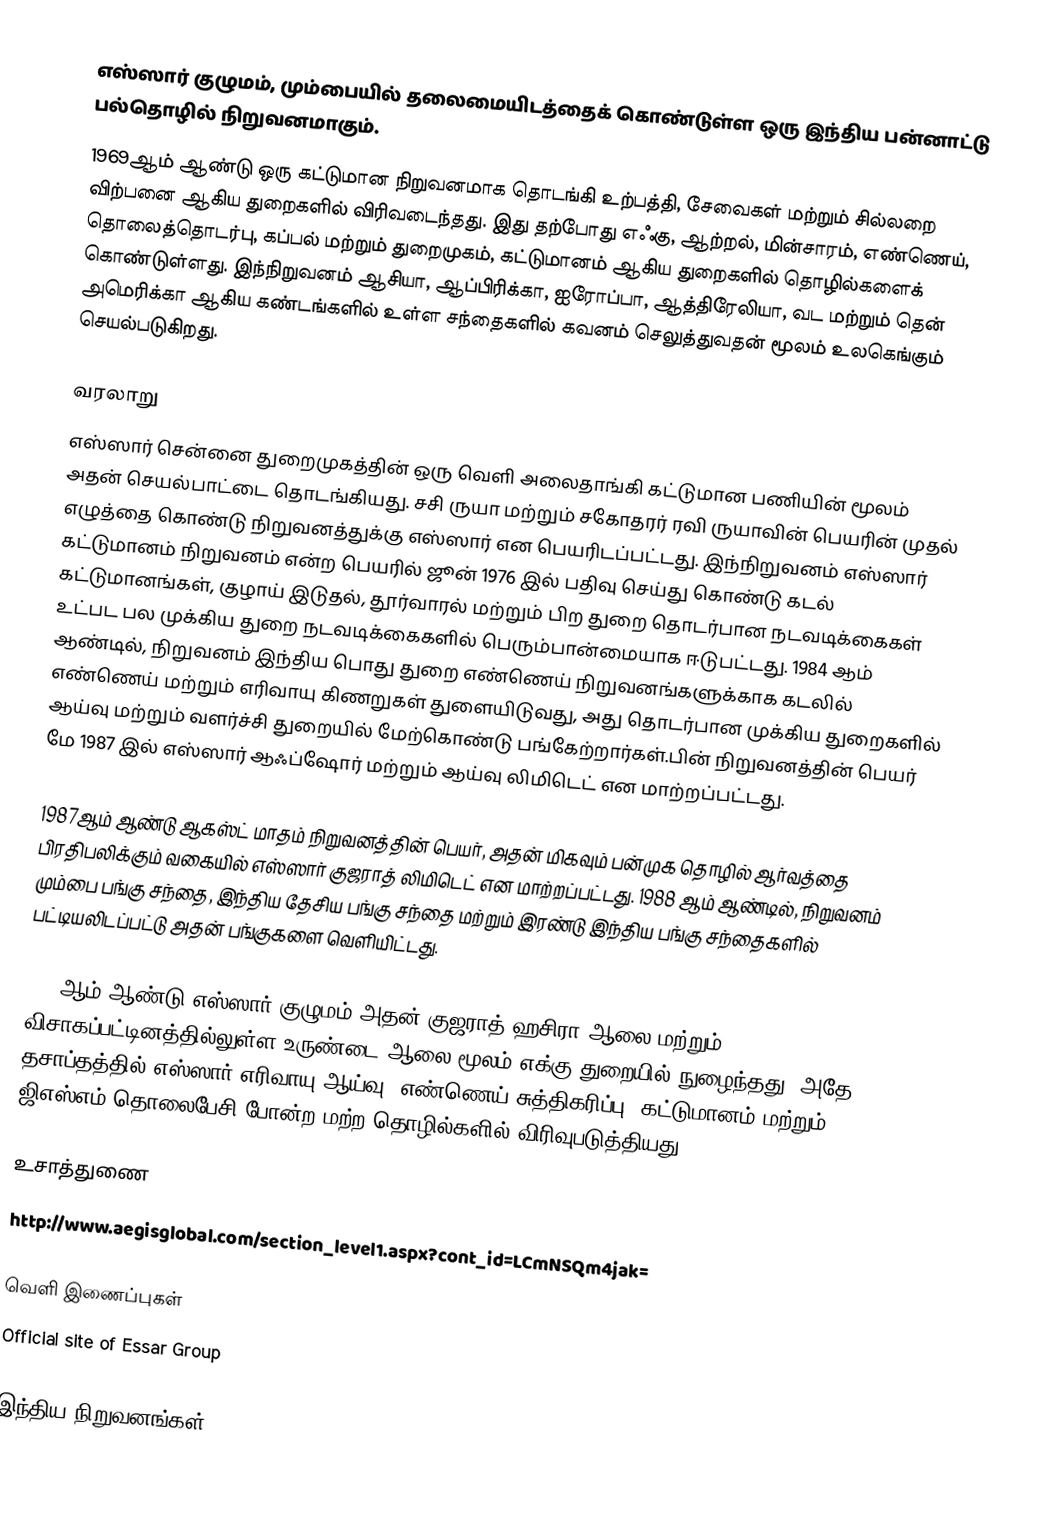
எஸ்ஸார் குழுமம், மும்பையில் தலைமையிடத்தைக் கொண்டுள்ள ஒரு இந்திய பன்னாட்டு பல்தொழில் நிறுவனமாகும்.
1969ஆம் ஆண்டு ஒரு கட்டுமான நிறுவனமாக தொடங்கி உற்பத்தி, சேவைகள் மற்றும் சில்லறை விற்பனை ஆகிய துறைகளில் விரிவடைந்தது. இது தற்போது எஃகு, ஆற்றல், மின்சாரம், எண்ணெய், தொலைத்தொடர்பு, கப்பல் மற்றும் துறைமுகம், கட்டுமானம் ஆகிய துறைகளில் தொழில்களைக் கொண்டுள்ளது. இந்நிறுவனம் ஆசியா, ஆப்பிரிக்கா, ஐரோப்பா, ஆத்திரேலியா, வட மற்றும் தென் அமெரிக்கா ஆகிய கண்டங்களில் உள்ள சந்தைகளில் கவனம் செலுத்துவதன் மூலம் உலகெங்கும் செயல்படுகிறது.

வரலாறு
எஸ்ஸார் சென்னை துறைமுகத்தின் ஒரு வெளி அலைதாங்கி கட்டுமான பணியின் மூலம் அதன் செயல்பாட்டை தொடங்கியது. சசி ருயா மற்றும் சகோதரர் ரவி ருயாவின் பெயரின் முதல் எழுத்தை கொண்டு நிறுவனத்துக்கு எஸ்ஸார் என பெயரிடப்பட்டது. இந்நிறுவனம் எஸ்ஸார் கட்டுமானம் நிறுவனம் என்ற பெயரில் ஜூன் 1976 இல் பதிவு செய்து கொண்டு கடல் கட்டுமானங்கள், குழாய் இடுதல், தூர்வாரல் மற்றும் பிற துறை தொடர்பான நடவடிக்கைகள் உட்பட பல முக்கிய துறை நடவடிக்கைகளில் பெரும்பான்மையாக ஈடுபட்டது. 1984 ஆம் ஆண்டில், நிறுவனம் இந்திய பொது துறை எண்ணெய் நிறுவனங்களுக்காக கடலில் எண்ணெய் மற்றும் எரிவாயு கிணறுகள் துளையிடுவது, அது தொடர்பான முக்கிய துறைகளில் ஆய்வு மற்றும் வளர்ச்சி துறையில் மேற்கொண்டு பங்கேற்றார்கள்.பின் நிறுவனத்தின் பெயர் மே 1987 இல்  எஸ்ஸார் ஆஃப்ஷோர் மற்றும் ஆய்வு லிமிடெட் என மாற்றப்பட்டது.

1987ஆம் ஆண்டு ஆகஸ்ட் மாதம் நிறுவனத்தின் பெயர், அதன் மிகவும் பன்முக தொழில் ஆர்வத்தை பிரதிபலிக்கும் வகையில் எஸ்ஸார் குஜராத் லிமிடெட் என மாற்றப்பட்டது. 1988 ஆம் ஆண்டில், நிறுவனம் மும்பை பங்கு சந்தை, இந்திய தேசிய பங்கு சந்தை மற்றும் இரண்டு இந்திய பங்கு சந்தைகளில் பட்டியலிடப்பட்டு அதன் பங்குகளை வெளியிட்டது.

1990ஆம் ஆண்டு  எஸ்ஸார் குழுமம் அதன் குஜராத் ஹசிரா ஆலை மற்றும் விசாகப்பட்டினத்தில்லுள்ள உருண்டை ஆலை மூலம் எக்கு துறையில் நுழைந்தது. அதே தசாப்தத்தில் எஸ்ஸார் எரிவாயு ஆய்வு, எண்ணெய் சுத்திகரிப்பு, கட்டுமானம் மற்றும் ஜிஎஸ்எம் தொலைபேசி  போன்ற மற்ற தொழில்களில் விரிவுபடுத்தியது.

உசாத்துணை
 http://www.aegisglobal.com/section_level1.aspx?cont_id=LCmNSQm4jak=

வெளி இணைப்புகள்
 Official site of Essar Group

இந்திய நிறுவனங்கள்